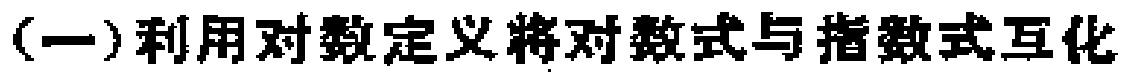
(一)利用对数定义将对数式与指数式互化